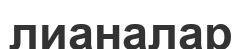
лианалар